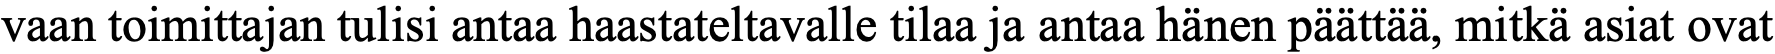
vaan toimittajan tulisi antaa haastateltavalle tilaa ja antaa hänen päättää, mitkä asiat ovat